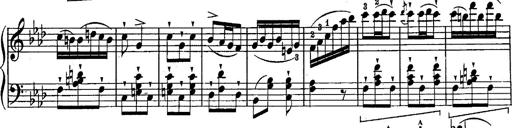
Title: Schubert's Impromptus [revised and edited by Franz Liszt]
Composer: Franz Liszt